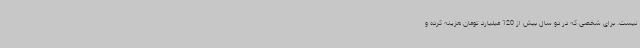
نیست. برای شخصی که در دو سال بیش از 120 میلیارد تومان هزینه کرده و